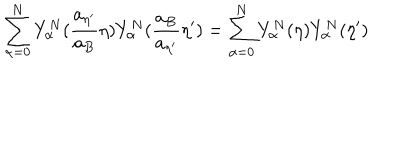
\sum _ { \alpha = 0 } ^ { N } Y _ { \alpha } ^ { N } ( \frac { a _ { { \eta } ^ { \prime } } } { a _ { B } } { \eta } ) Y _ { \alpha } ^ { N } ( \frac { a _ { B } } { a _ { { \eta } ^ { \prime } } } { \eta } ^ { \prime } ) = \sum _ { \alpha = 0 } ^ { N } Y _ { \alpha } ^ { N } ( { \eta } ) Y _ { \alpha } ^ { N } ( { \eta } ^ { \prime } )